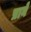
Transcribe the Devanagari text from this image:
प्राने